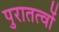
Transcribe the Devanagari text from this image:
पुरातत्वों